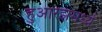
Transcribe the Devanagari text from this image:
हुआरेझमध्ये